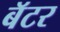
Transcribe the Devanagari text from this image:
बॅटर